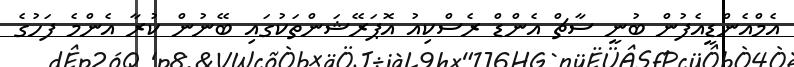
އެމްއެންޑީއެފުން ބުނީ ސާޗް އެންޑް ރެސްކިއު އޮޕަރޭޝަންތަކުގައި ބޭނުން ކުރާ އެންމެ ފަހުގެ